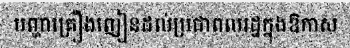
បញ្ហាគ្រឿងញៀនដល់ប្រជាពលរដ្ឋក្នុងឱកាស